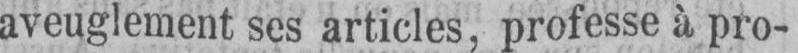
aveuglement ses articles, professe à pro-